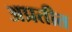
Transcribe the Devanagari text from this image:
अप्रतीत